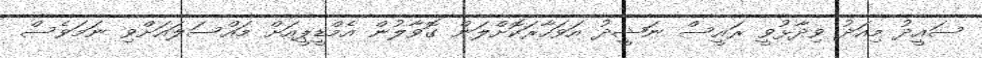
ސައީދު މިއަދު ވިދާޅުވީ ރައީސް ނަޝީދު އަވަަހާރަކޮށްލަން ގޮވާލުން އެމްޑީޕީއަށް މައްސަލައަށްވި ނަމަވެސް